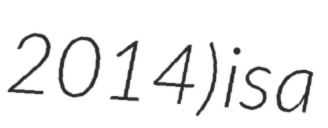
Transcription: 2014) is a